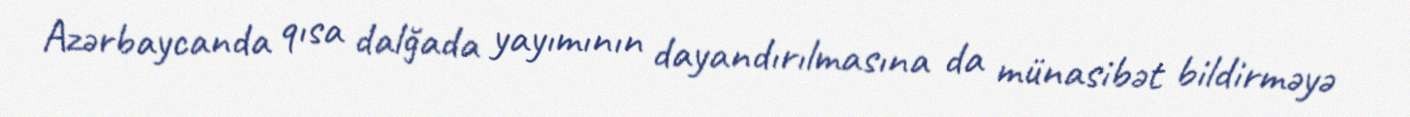
Azərbaycanda qısa dalğada yayımının dayandırılmasına da münasibət bildirməyə